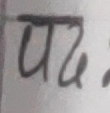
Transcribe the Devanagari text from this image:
पद